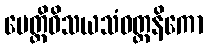
ပေတ္တိဝိသယသံဝတ္တနိကော